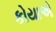
કોયાએ